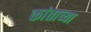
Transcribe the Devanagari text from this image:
कांताच्या